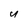
Character: U